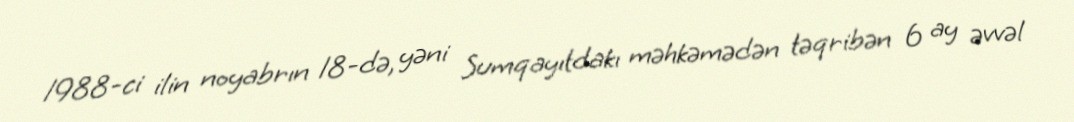
1988-ci ilin noyabrın 18-də, yəni Sumqayıtdakı məhkəmədən təqribən 6 ay əvvəl